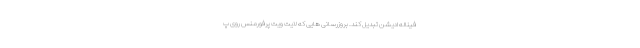
فیناله ادیشن تبدیل کند. بروزرسانی هایی که لایت ویت پرفورمنس روی پ